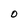
Character: 0